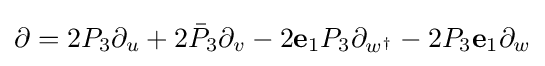
\partial =2P_{3}\partial _{u}+2{\bar {P}}_{3}\partial _{v}-2\mathbf {e} _{1}P_{3}\partial _{w^{\dagger }}-2P_{3}\mathbf {e} _{1}\partial _{w}